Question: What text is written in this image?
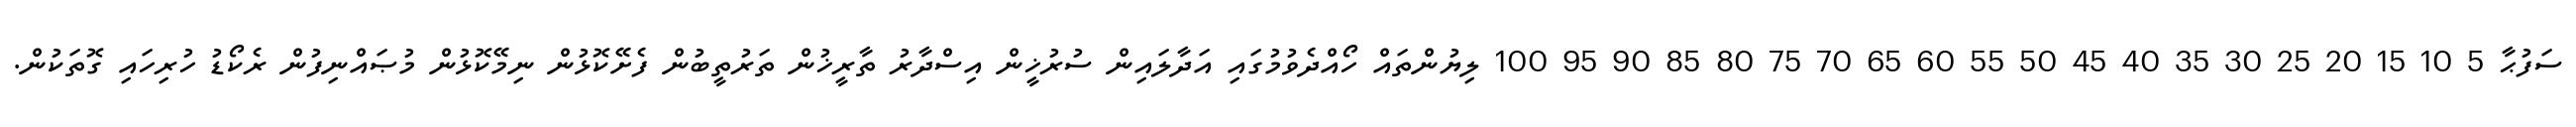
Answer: ސަފުޙާ 5 10 15 20 25 30 35 40 45 50 55 60 65 70 75 80 85 90 95 100 ލިޔުންތައް ހޯއްދެވުމުގައި އަދާލައިން ސުރުޚީން އިސްދާރު ތާރީޚުން ތަރުތީބުން ފެށޭކޮޅުން ނިމޭކޮޅުން މުޞައްނިފުން ރެކޯޑު ހުރިހައި ގޮތަކުން.